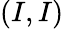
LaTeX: (I,I)